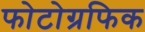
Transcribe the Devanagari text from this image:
फोटोग्रफिक